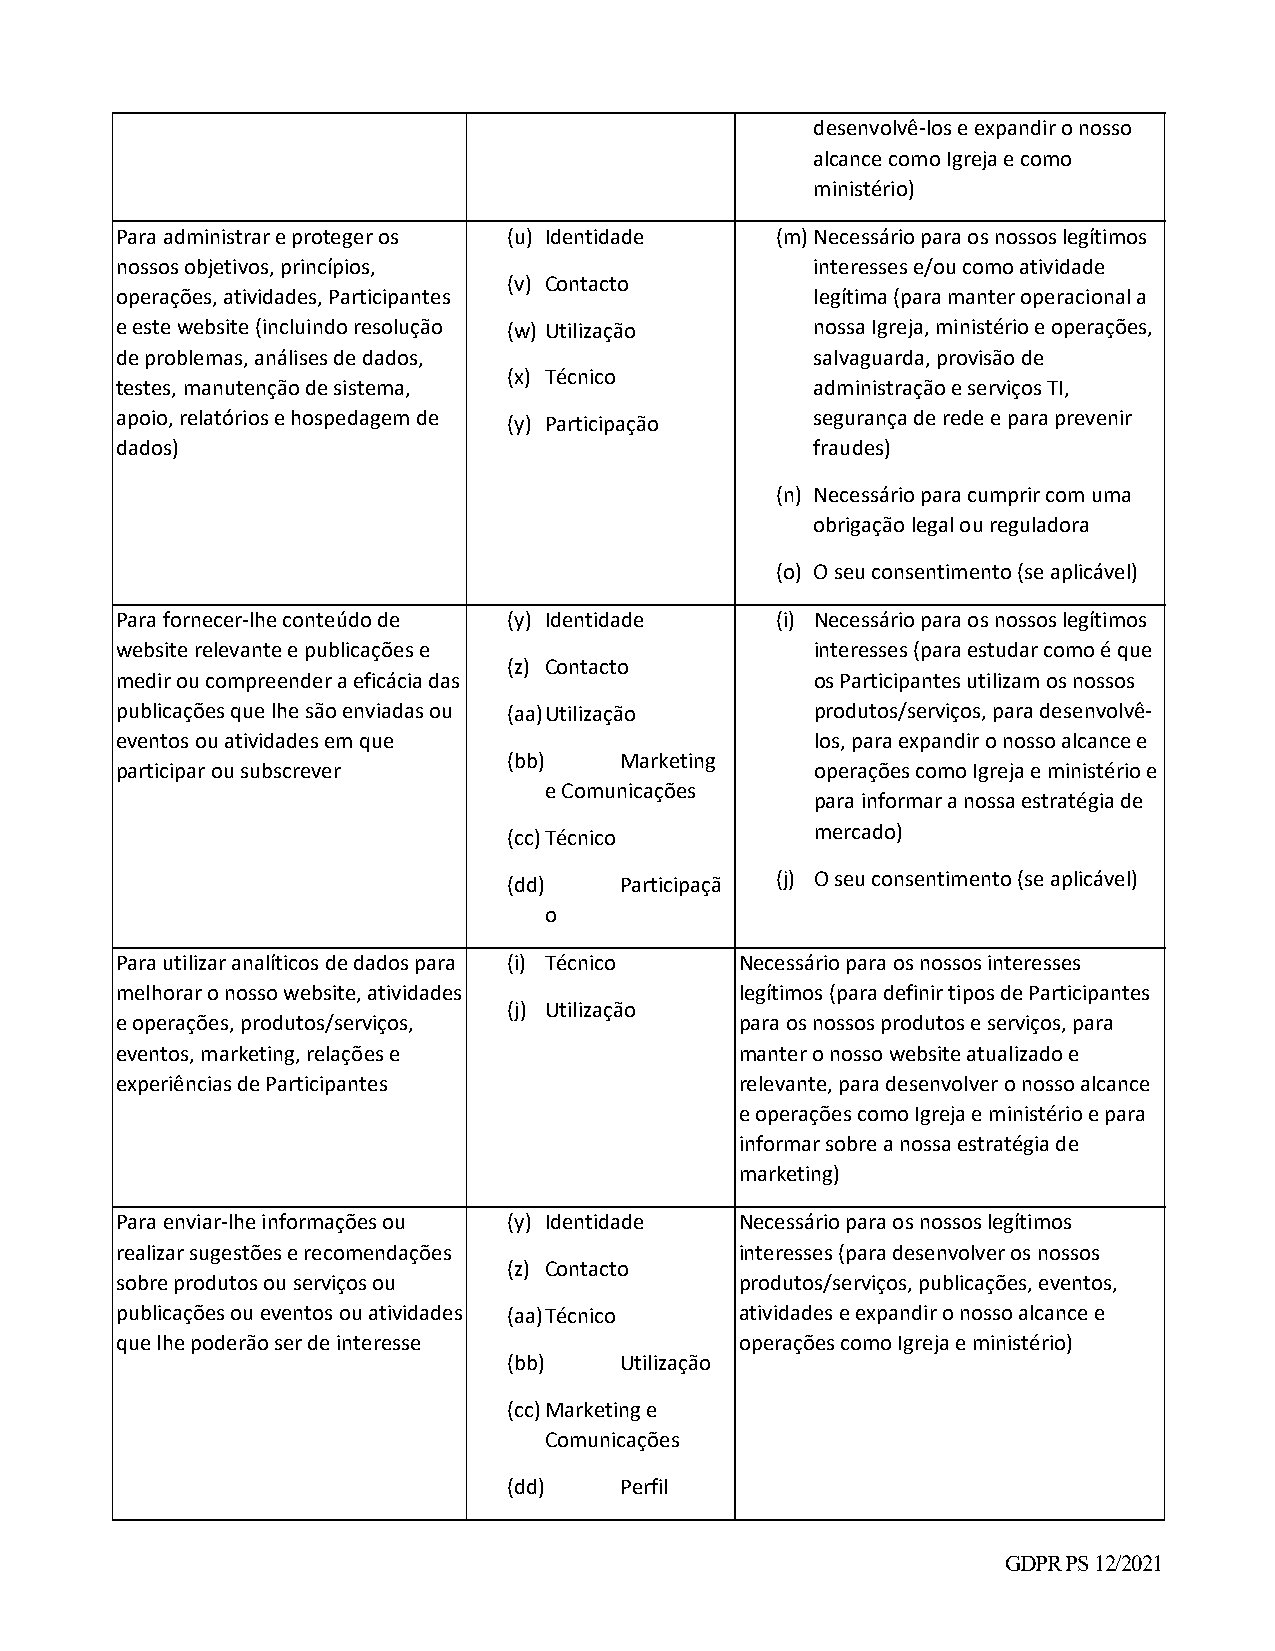
desenvolvê‐los e expandir o nosso
 alcance como Igreja e como
 ministério)
 Para administrar e proteger os (u) Identidade (m) Necessário para os nossos legítimos
 nossos objetivos, princípios,                 interesses e/ou como atividade
 (v) Contacto
 operações, atividades, Participantes          legítima (para manter operacional a
 e este website (incluindo resolução (w) Utilização nossa Igreja, ministério e operações,
 de problemas, análises de dados,              salvaguarda, provisão de
 (x) Técnico
 testes, manutenção de sistema,                administração e serviços TI,
 apoio, relatórios e hospedagem de (y) Participação segurança de rede e para prevenir
 dados)                                        fraudes)
 (n) Necessário para cumprir com uma
 obrigação legal ou reguladora
 (o) O seu consentimento (se aplicável)
 Para fornecer‐lhe conteúdo de (y) Identidade (i) Necessário para os nossos legítimos
 website relevante e publicações e             interesses (para estudar como é que
 (z) Contacto
 medir ou compreender a eficácia das           os Participantes utilizam os nossos
 publicações que lhe são enviadas ou (aa) Utilização produtos/serviços, para desenvolvê‐
 eventos ou atividades em que                  los, para expandir o nosso alcance e
 (bb)   Marketing
 participar ou subscrever                      operações como Igreja e ministério e
 e Comunicações
 para informar a nossa estratégia de
 (cc) Técnico
 mercado)
 (dd)   Participaçã
 (j) O seu consentimento (se aplicável)
 o
 Para utilizar analíticos de dados para (i) Técnico Necessário para os nossos interesses
 melhorar o nosso website, atividades     legítimos (para definir tipos de Participantes
 (j) Utilização
 e operações, produtos/serviços,          para os nossos produtos e serviços, para
 eventos, marketing, relações e           manter o nosso website atualizado e
 experiências de Participantes            relevante, para desenvolver o nosso alcance
 e operações como Igreja e ministério e para
 informar sobre a nossa estratégia de
 marketing)
 Para enviar‐lhe informações ou (y) Identidade Necessário para os nossos legítimos
 realizar sugestões e recomendações       interesses (para desenvolver os nossos
 (z) Contacto
 sobre produtos ou serviços ou            produtos/serviços, publicações, eventos,
 publicações ou eventos ou atividades (aa) Técnico atividades e expandir o nosso alcance e
 que lhe poderão ser de interesse         operações como Igreja e ministério)
 (bb)   Utilização
 (cc) Marketing e
 Comunicações
 (dd)   Perfil
 GDPR PS 12/2021